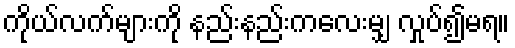
ကိုယ်လက်များကို နည်းနည်းကလေးမျှ လှုပ်၍မရ။